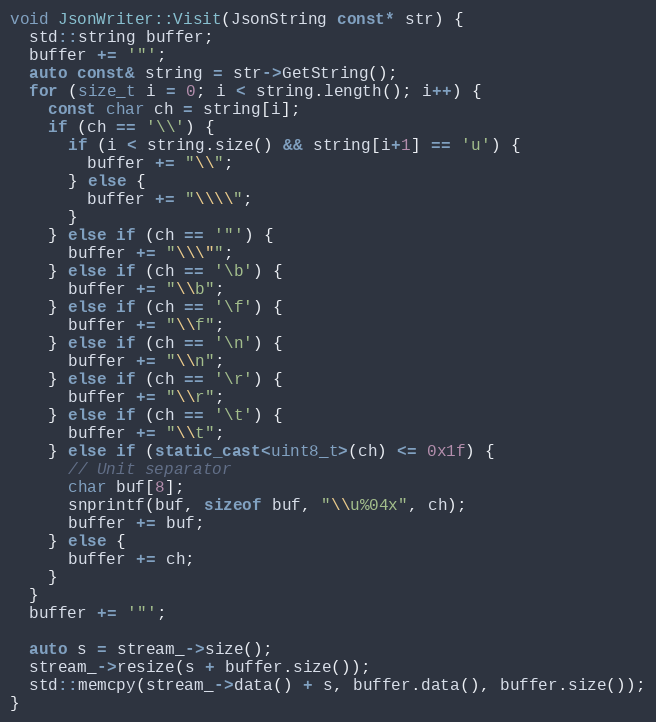
Language: C++
void JsonWriter::Visit(JsonString const* str) {
  std::string buffer;
  buffer += '"';
  auto const& string = str->GetString();
  for (size_t i = 0; i < string.length(); i++) {
    const char ch = string[i];
    if (ch == '\\') {
      if (i < string.size() && string[i+1] == 'u') {
        buffer += "\\";
      } else {
        buffer += "\\\\";
      }
    } else if (ch == '"') {
      buffer += "\\\"";
    } else if (ch == '\b') {
      buffer += "\\b";
    } else if (ch == '\f') {
      buffer += "\\f";
    } else if (ch == '\n') {
      buffer += "\\n";
    } else if (ch == '\r') {
      buffer += "\\r";
    } else if (ch == '\t') {
      buffer += "\\t";
    } else if (static_cast<uint8_t>(ch) <= 0x1f) {
      // Unit separator
      char buf[8];
      snprintf(buf, sizeof buf, "\\u%04x", ch);
      buffer += buf;
    } else {
      buffer += ch;
    }
  }
  buffer += '"';

  auto s = stream_->size();
  stream_->resize(s + buffer.size());
  std::memcpy(stream_->data() + s, buffer.data(), buffer.size());
}